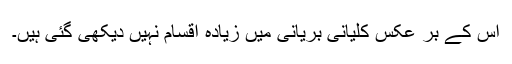
اس کے بر عکس کلیانی بریانی میں زیادہ اقسام نہیں دیکھی گئی ہیں۔